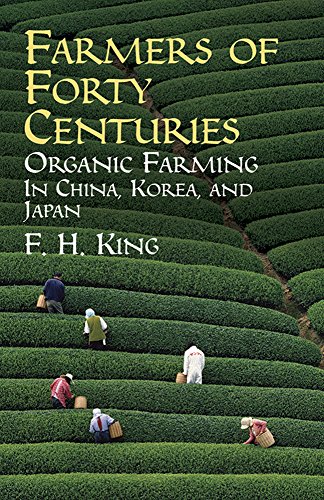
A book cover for Farmers of Forty Centuries: Organic Farming in China, Korea, and Japan; F. H. King; Crafts, Hobbies & Home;